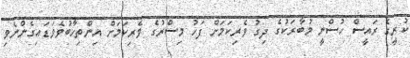
ކުރީގެ ރައީސް ހުސްނީ މުބާރަކުގެ ދިގު ވެރިކަމަށް ފަހު މިސްރުގެ ވެރިކަމަށް އިންތިހާބުވެވަޑައިގެންނެވި